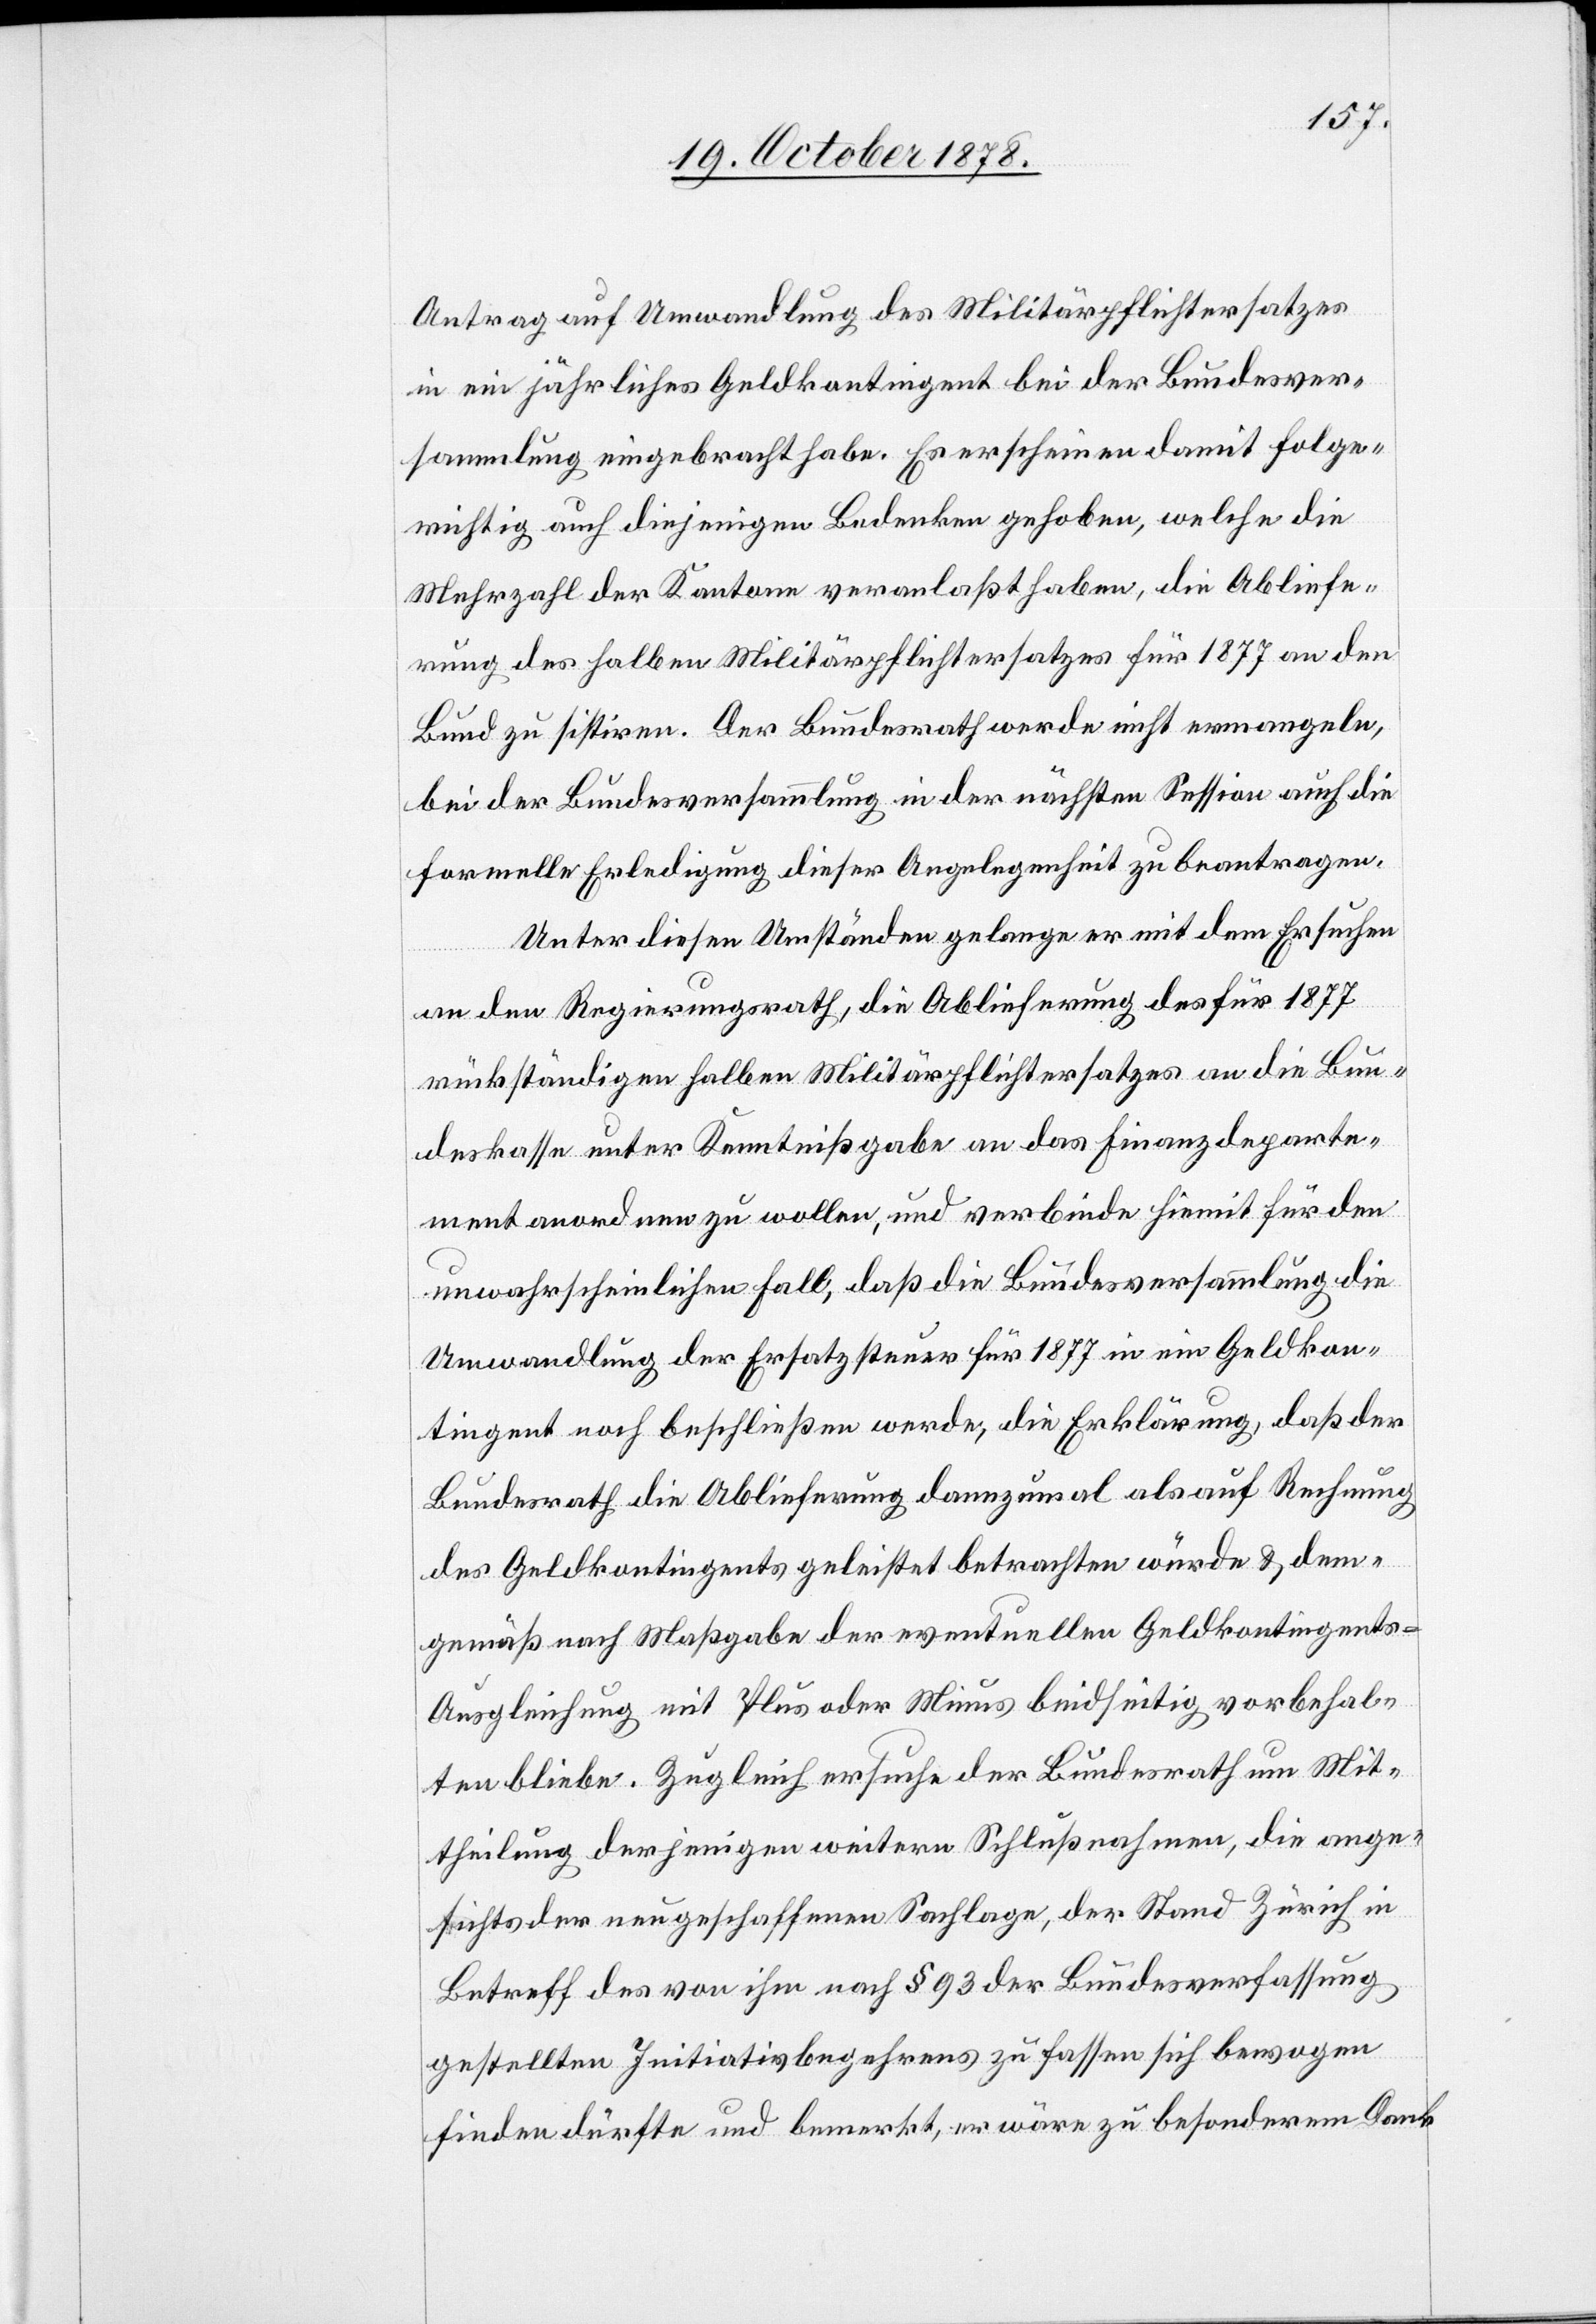
Antrag auf Umwandlung des Militärpflichtersatzes
in ein jährliches Geldkontingent bei der Bundesver¬
sammlung eingebracht habe. Es erscheinen damit folge¬
richtig auch diejenigen Bedenken gehoben, welche die
Mehrzahl der Kantone veranlaßt haben, die Abliefe¬
rung des halben Militärpflichtersatzes für 1877 an den
Bund zu sistiren. Der Bundesrath werde nicht ermangeln,
bei der Bundesversammlung in der nächsten Session auch die
formelle Erledigung dieser Angelegenheit zu beantragen.
Unter diesen Umständen gelange er mit dem Ersuchen
an den Regierungsrath, die Ablieferung des für 1877
rückständigen halben Militärpflichtersatzes an die Bun¬
deskasse unter Kenntnißgabe an das Finanzdeparte¬
ment anordnen zu wollen, und verbinde hiemit für den
unwahrscheinlichen Fall, daß die Bundesversammlung die
Umwandlung der Ersatzsteuer für 1877 in ein Geldkon¬
tingent noch beschließen werde, die Erklärung, daß der
Bundesrath die Ablieferung dannzumal als auf Rechnung
des Geldkontingents geleistet betrachten würde & dem
gemäß nach Maßgabe der eventuellen Geldkontingents-A¬
usgleichung mit Plus oder Minus beidseitig vorbehal¬
ten bliebe. Zugleich ersuche der Bundesrath um Mit¬
theilung derjenigen weitern Schlußnahmen, die ange¬
sichts der neugeschaffenen Sachlage, der Stand Zürich in
Betreff des von ihm nach § 93 der Bundesverfassung
gestellten Initiativbegehrens zu fassen sich bewogen
finden dürfte und bemerkt, er wäre zu besonderm Dank